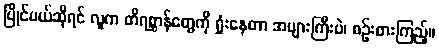
ပြိုင်မယ်ဆိုရင် လူက တိရစ္ဆာန်တွေကို ရှုံးနေတာ အများကြီးပဲ၊ စဉ်းစားကြည့်။